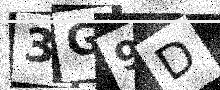
Text: 3G9D